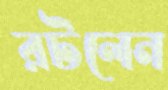
রটলেন